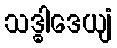
သဒ္ဓါဒေယျံ